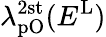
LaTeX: \lambda_{\mathrm{pO}}^{\mathrm{2st}}(E^{\mathrm{L}})